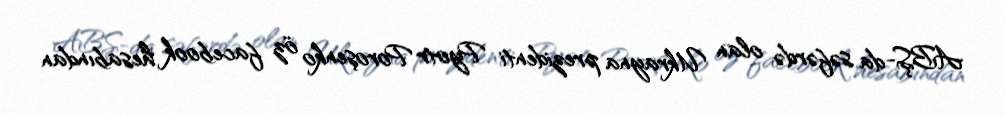
ABŞ-da səfərdə olan Ukrayna prezidenti Pyotr Poroşenko öz facebook hesabından